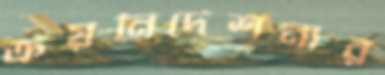
ক্রয়নির্দেশনার